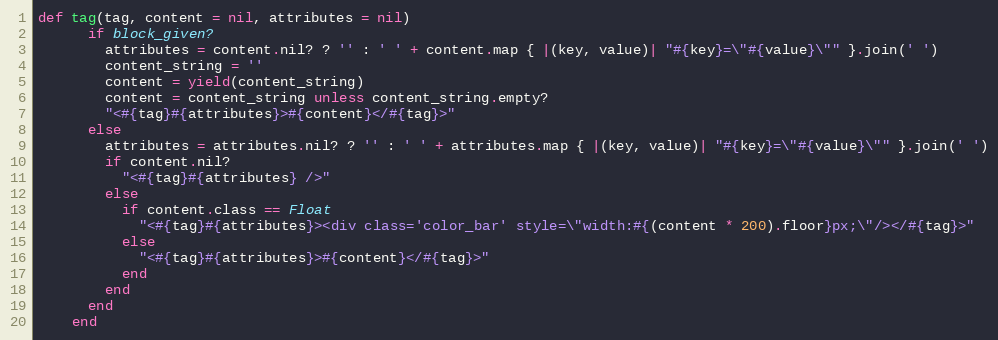
Language: Ruby
def tag(tag, content = nil, attributes = nil)
      if block_given?
        attributes = content.nil? ? '' : ' ' + content.map { |(key, value)| "#{key}=\"#{value}\"" }.join(' ')
        content_string = ''
        content = yield(content_string)
        content = content_string unless content_string.empty?
        "<#{tag}#{attributes}>#{content}</#{tag}>"
      else
        attributes = attributes.nil? ? '' : ' ' + attributes.map { |(key, value)| "#{key}=\"#{value}\"" }.join(' ')
        if content.nil?
          "<#{tag}#{attributes} />"
        else
          if content.class == Float
            "<#{tag}#{attributes}><div class='color_bar' style=\"width:#{(content * 200).floor}px;\"/></#{tag}>"
          else
            "<#{tag}#{attributes}>#{content}</#{tag}>"
          end
        end
      end
    end